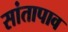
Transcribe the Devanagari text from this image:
सांतापाव